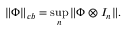
\| \Phi \| _ { c b } = \operatorname* { s u p } _ { n } \| \Phi \otimes I _ { n } \| .